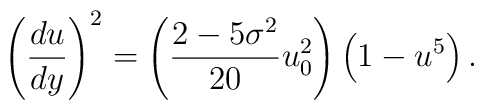
\left(\frac{du}{dy}\right)^2=\left(\frac{2-5\sigma^2}{20}u_0^2\right)\left(1-u^5\right).